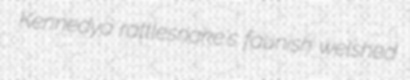
Kennedya rattlesnake's faunish welshed